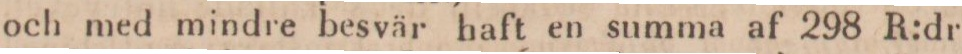
och med mindre besvär haft en summa af 298 R:dr